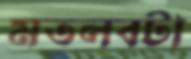
মতলবটা